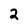
Character: 2